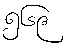
၅၆၉